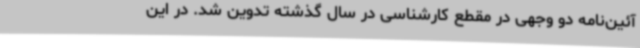
آئین‌نامه دو وجهی در مقطع کارشناسی در سال گذشته تدوین شد. در این